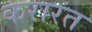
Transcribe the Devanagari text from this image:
करारत